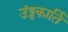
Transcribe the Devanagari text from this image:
उंड्डकार्ति